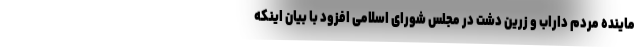
ماینده مردم داراب و زرین دشت در مجلس شورای اسلامی افزود با بیان اینکه